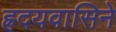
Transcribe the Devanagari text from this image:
ह्रदयवासिने